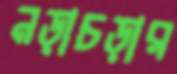
নড়াচড়ার